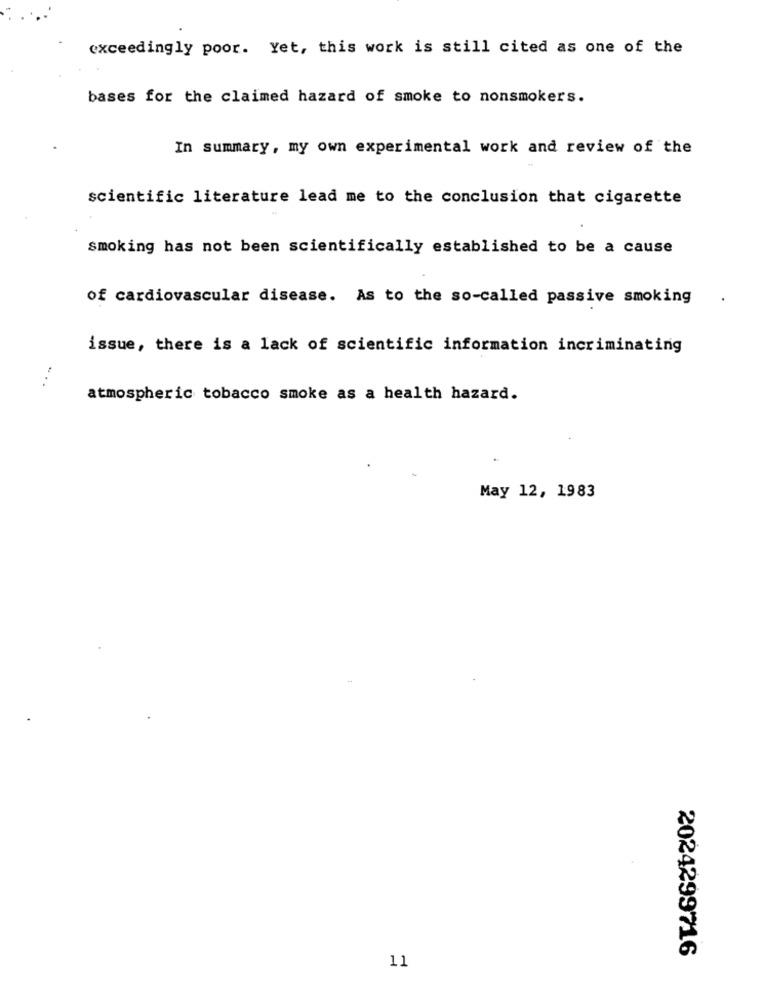
exceedingly poor. Yet, this work is still cited as one of the
bases for the claimed hazard of smoke to nonsmokers.
In summary, my own experimental work and review of the
scientific literature lead me to the conclusion that cigarette
smoking has not been scientifically established to be a cause
of cardiovascular disease. As to the so-called passive smoking
issue, there is a lack of scientific information incriminating
atmospheric tobacco smoke as a health hazard.
May 12, 1983
11
2024299716